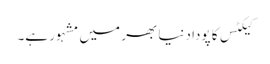
کیکٹس کا پودا دنیا بھر میں مشہور ہے۔